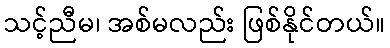
သင့်ညီမ၊ အစ်မလည်း ဖြစ်နိုင်တယ်။